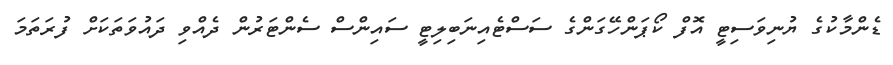
ޑެންމާކުގެ ޔުނިވަސިޓީ އޮފް ކޯޕަންހޭގަންގެ ސަސްޓެއިނަބިލިޓީ ސައިންސް ސެންޓަރުން ދެއްވި ދައުވަތަކަށް ފުރަތަމަ